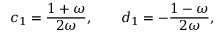
c _ { 1 } = { \frac { 1 + \omega } { 2 \omega } } , \qquad d _ { 1 } = - { \frac { 1 - \omega } { 2 \omega } } ,